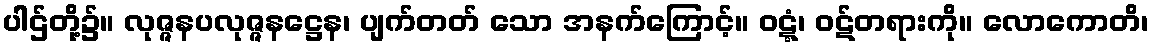
ပါဌ်တို့၌။ လုဇ္ဇနပလုဇ္ဇနဋ္ဌေန၊ ပျက်တတ် သော အနက်ကြောင့်။ ဝဋ္ဋံ၊ ဝဋ်တရားကို။ လောကောတိ၊